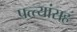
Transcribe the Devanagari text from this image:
पत्त्यांसह